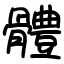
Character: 體